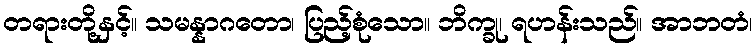
တရားတို့နှင့်။ သမန္နာဂတော၊ ပြည့်စုံသော။ ဘိက္ခု၊ ရဟန်းသည်။ အာဘတံ၊